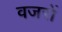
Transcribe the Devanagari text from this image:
वजरों